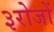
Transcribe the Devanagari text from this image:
३रोजों